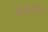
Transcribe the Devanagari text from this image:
बैकेरिन